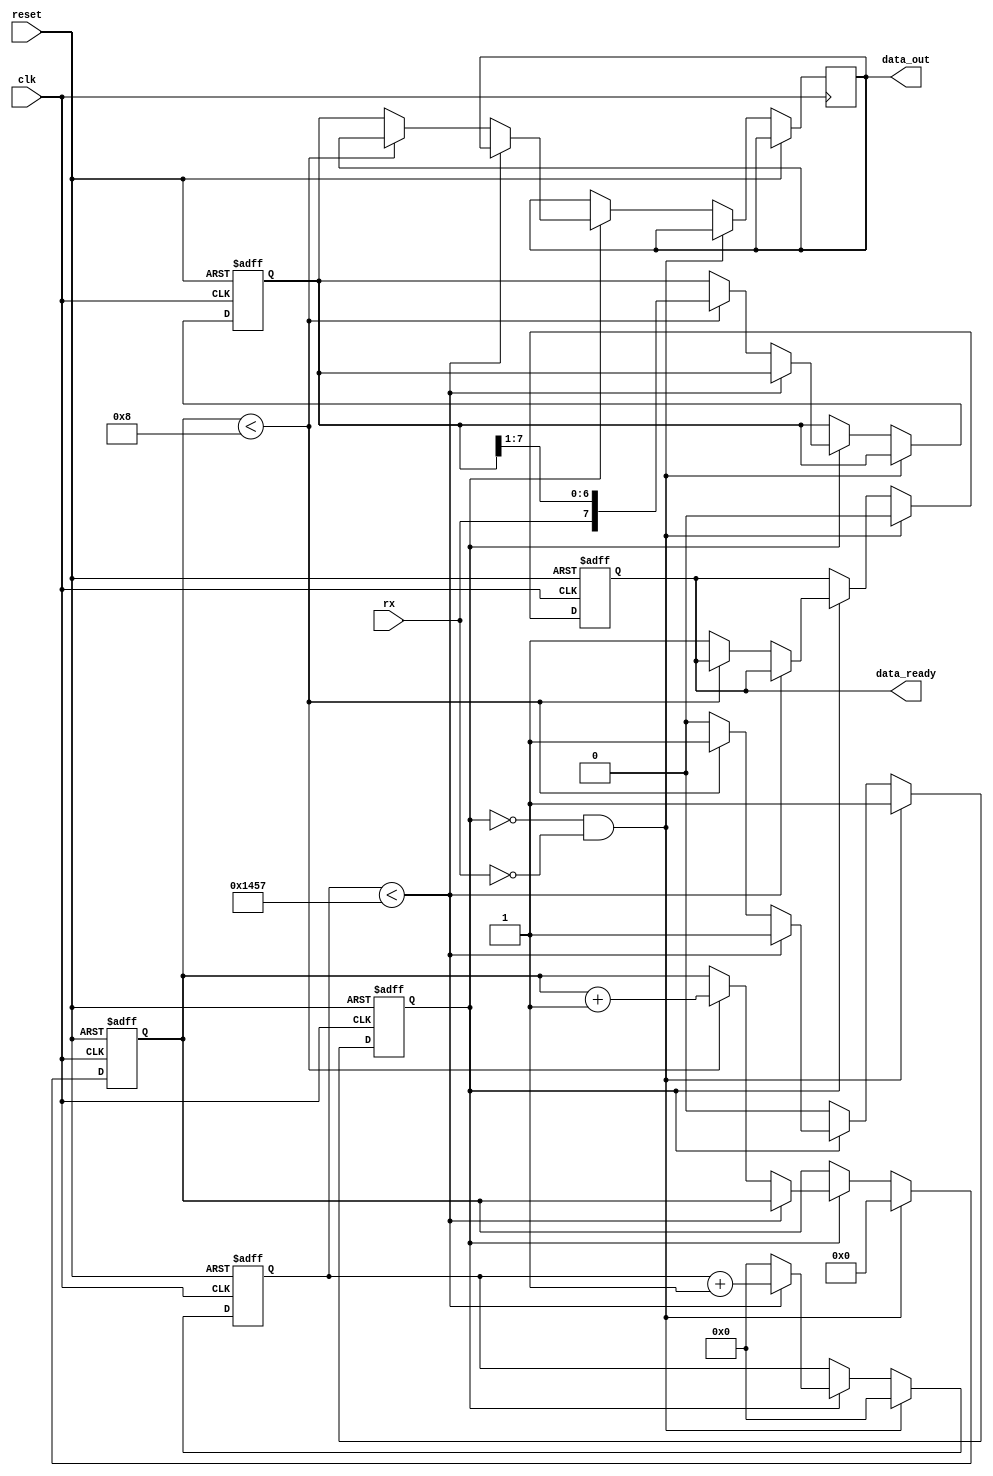
module uart_rx (
    input wire clk,               // System clock
    input wire reset,             // Asynchronous reset
    input wire rx,                // UART receive data line
    output reg [7:0] data_out,    // Received data
    output reg data_ready         // Data ready flag
);

    parameter CLK_FREQ = 50000000; // 50 MHz clock frequency
    parameter BAUD_RATE = 9600;    // 9600 baud rate
    localparam BIT_PERIOD = CLK_FREQ / BAUD_RATE;

    reg [15:0] clk_count;          // Clock counter
    reg [3:0] bit_count;           // Bit counter
    reg [7:0] shift_reg;           // Shift register for received data
    reg receiving;                 // Receiving flag

    always @(posedge clk or posedge reset) begin
        if (reset) begin
            clk_count <= 0;
            bit_count <= 0;
            shift_reg <= 0;
            receiving <= 0;
            data_ready <= 0;
        end else begin
            if (!receiving && !rx) begin
                // Start bit detected
                receiving <= 1;
                clk_count <= 0;
                bit_count <= 0;
                data_ready <= 0;
            end else if (receiving) begin
                if (clk_count < BIT_PERIOD - 1) begin
                    clk_count <= clk_count + 1;
                end else begin
                    clk_count <= 0;
                    if (bit_count < 8) begin
                        bit_count <= bit_count + 1;
                        shift_reg <= {rx, shift_reg[7:1]};
                    end else begin
                        data_out <= shift_reg;
                        data_ready <= 1;
                        receiving <= 0;
                    end
                end
            end
        end
    end
endmodule